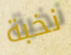
نخبة